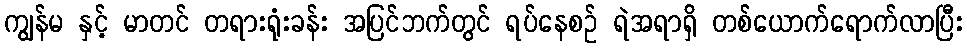
ကျွန်မ နှင့် မာတင် တရားရုံးခန်း အပြင်ဘက်တွင် ရပ်နေစဉ် ရဲအရာရှိ တစ်ယောက်ရောက်လာပြီး